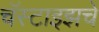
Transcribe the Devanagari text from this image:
चॅस्टाइझचे